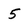
Character: 5